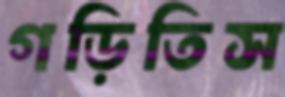
গড়িতিস